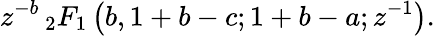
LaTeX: z^{-b}\, _{2}F_{1}\left(b,1+b-c;1+b-a;z^{-1}\right).